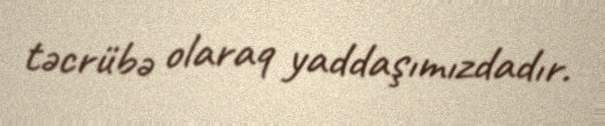
təcrübə olaraq yaddaşımızdadır.